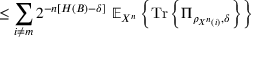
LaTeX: \leq \sum _ { i \neq m } 2 ^ { - n \left[ H \left( B \right) - \delta \right] } \ \mathbb { E } _ { X ^ { n } } \left\{ { \mathrm { T r } } \left\{ \Pi _ { \rho _ { X ^ { n } \left( i \right) } , \delta } \right\} \right\}